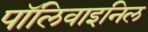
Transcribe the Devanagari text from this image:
पॉलिवाइनिल